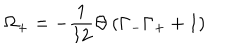
LaTeX: \Omega _ { + } = - { \frac { 1 } { 1 2 } } \Theta \left( \Gamma _ { - } \Gamma _ { + } + 1 \right)